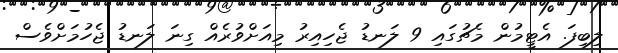
ލިބިފަ. އެޓީމުން މެޗުގައި 9 ލަނޑު ޖެހިއިރު މިއަށްވުރެއް ގިނަ ލަނޑު ޖެހުމަށްވެސް